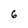
Character: 6